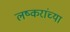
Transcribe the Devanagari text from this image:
लष्करांच्या